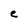
Character: e